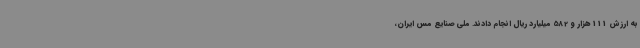
به ارزش 111 هزار و 582 میلیارد ریال انجام دادند. ملی صنایع مس ایران،